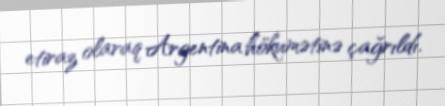
etiraz olaraq Argentina hökumətinə çağrıldı.